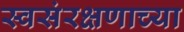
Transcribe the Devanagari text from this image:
स्वसंरक्षणाच्या